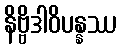
နိဗ္ဗိဒါဝိပန္နဿ